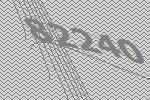
82240